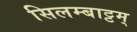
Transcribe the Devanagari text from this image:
सिलम्बाट्टम्